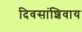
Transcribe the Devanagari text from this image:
दिवसांशिवाय